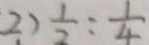
2 ) \frac { 1 } { 2 } : \frac { 1 } { 4 }